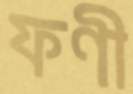
ফণী